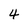
Character: 4